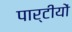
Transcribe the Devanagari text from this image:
पार्टीयों